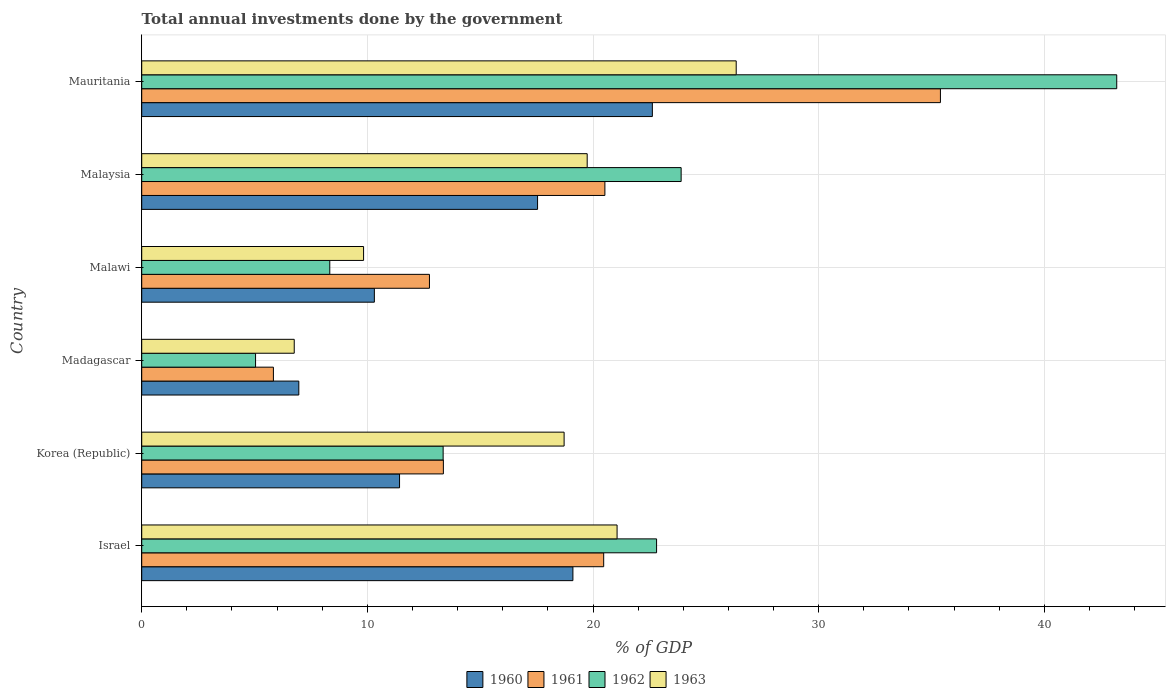
| Country | 1960 | 1961 | 1962 | 1963 |
 | --- | --- | --- | --- | --- |
 | Israel | 19.1 | 20.5 | 22.8 | 21.1 |
 | Korea (Republic) | 11.4 | 13.4 | 13.4 | 18.7 |
 | Madagascar | 6.96 | 5.84 | 5.04 | 6.76 |
 | Malawi | 10.3 | 12.8 | 8.33 | 9.83 |
 | Malaysia | 17.5 | 20.5 | 23.9 | 19.7 |
 | Mauritania | 22.6 | 35.4 | 43.2 | 26.3 |